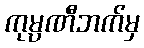
ကုမ္ပဏီဘက်မှ